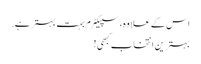
اس کے علاوہ، سپیکٹرم بہت بہتر ہے.
بہترین انتخاب کبھی!